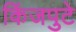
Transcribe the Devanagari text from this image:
किंजपुटे